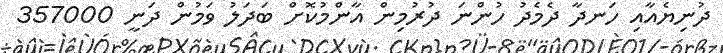
ދުނިޔެއާއި ހަނދާ ދެމެދު ހުންނަ ދުރުމިން އާންމުކޮށް ބަދަލު ވަމުން ދަނީ 357000